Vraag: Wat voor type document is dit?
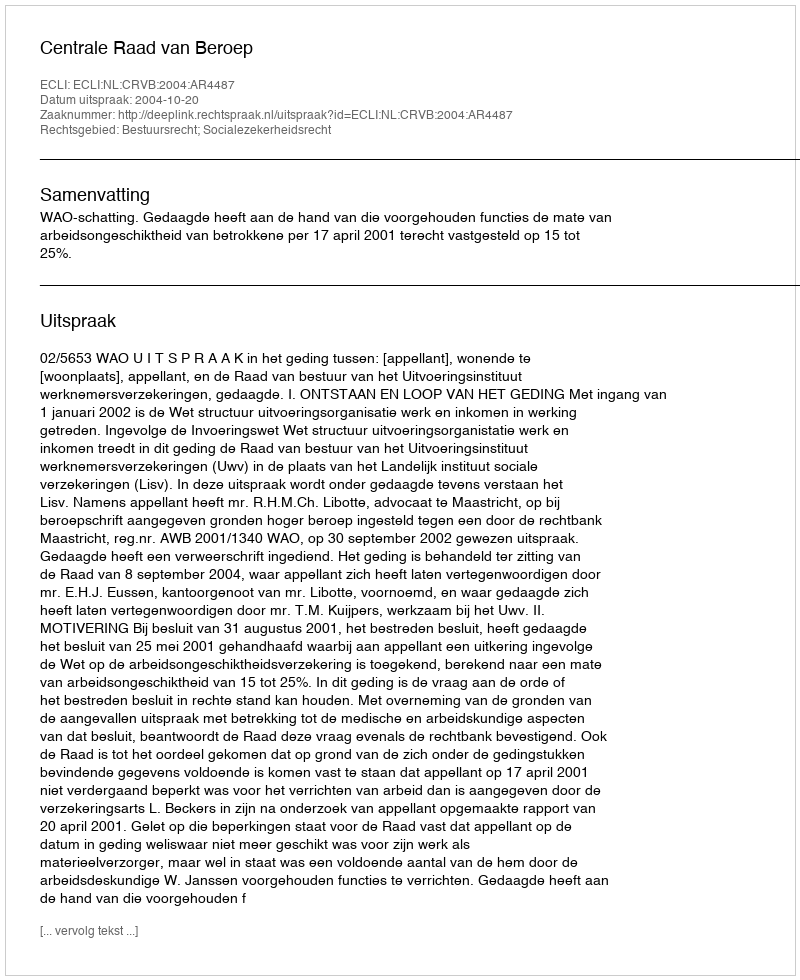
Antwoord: Uitspraak